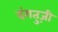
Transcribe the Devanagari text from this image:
दंगतुज़ी